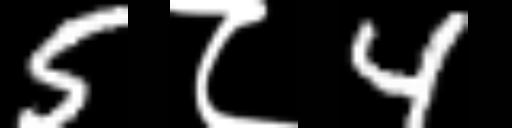
Text: 5८4